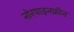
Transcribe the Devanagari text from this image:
नोरपाइनफ्रीन